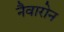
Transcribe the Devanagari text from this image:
नैवारोन